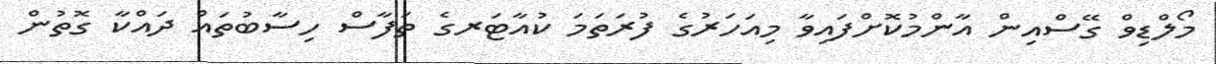
މޯލްޑިވް ގޭސްއިން އާންމުކޮށްފައިވާ މިއަހަރުގެ ފުރަތަމަ ކުއާޓަރގެ ތަފާސް ހިސާބުތައް ދައްކާ ގޮތުން